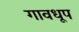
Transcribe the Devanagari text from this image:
गावधूप